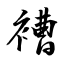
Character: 褿